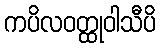
ကပိလဝတ္ထုဝါသီပိ